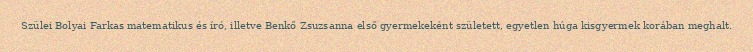
Szülei Bolyai Farkas matematikus és író, illetve Benkő Zsuzsanna első gyermekeként született, egyetlen húga kisgyermek korában meghalt.